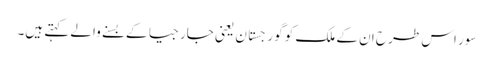
سور اس طرح ان کے ملک کو گورجستان یعنی جارجیا کے بسنے والے کہتے ہیں۔